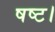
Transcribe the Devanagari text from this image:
षष्ट।